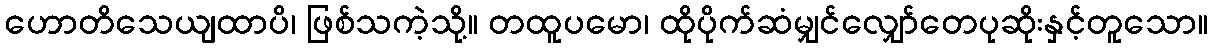
ဟောတိသေယျထာပိ၊ ဖြစ်သကဲ့သို့။ တထူပမော၊ ထိုပိုက်ဆံမျှင်လျှော်တေပုဆိုးနှင့်တူသော။